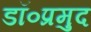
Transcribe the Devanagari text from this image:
डॉ०प्रमुद